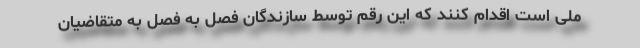
ملی است اقدام کنند که این رقم توسط سازندگان فصل به فصل به متقاضیان